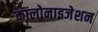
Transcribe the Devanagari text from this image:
कालोनाइजेशन